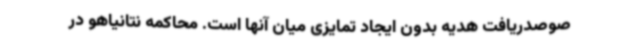
صوصدریافت هدیه بدون ایجاد تمایزی میان آنها است. محاکمه نتانیاهو در